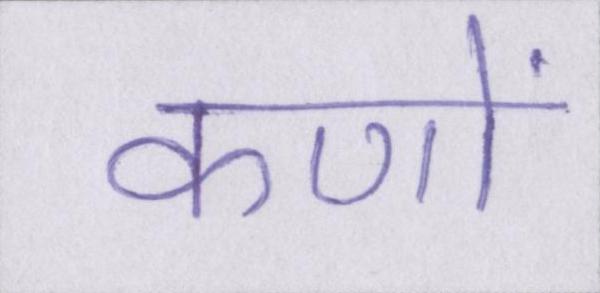
कणों